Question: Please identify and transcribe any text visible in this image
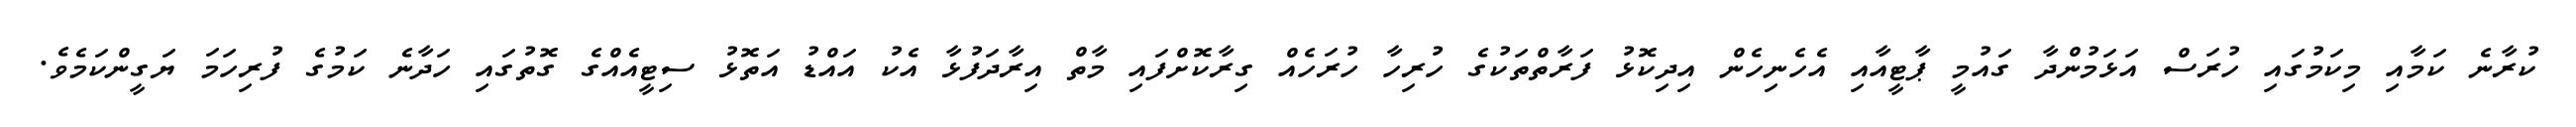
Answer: ކުރާނެ ކަމާއި މިކަމުގައި ހުރަސް އަޅަމުންދާ ގައުމީ ޕާޓީއާއި އެހެނިހެން އިދިކޮޅު ފަރާތްތަކުގެ ހުރިހާ ހުރަހެއް ގިރާކޮށްފައި މާތް އިރާދަފުޅާ އެކު އައްޑު އަތޮޅު ސިޓީއެއްގެ ގޮތުގައި ހަދާނެ ކަމުގެ ފުރިހަމަ ޔަގީންކަމެވެ.